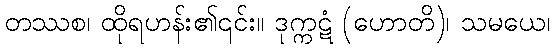
တဿစ၊ ထိုရဟန်း၏၎င်း။ ဒုက္ကဋံ (ဟောတိ)၊ သမယေ၊